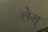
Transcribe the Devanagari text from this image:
लेस्